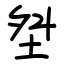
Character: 㘶